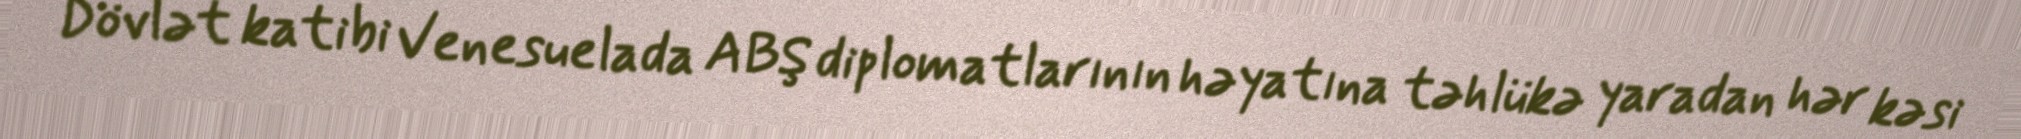
Dövlət katibi Venesuelada ABŞ diplomatlarının həyatına təhlükə yaradan hər kəsi